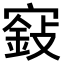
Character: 𡪵